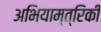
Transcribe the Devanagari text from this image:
अभियाम्त्रिकी